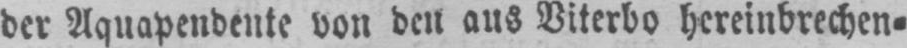
der Aquapendente von den aus Viterbo hereinbrechen⸗